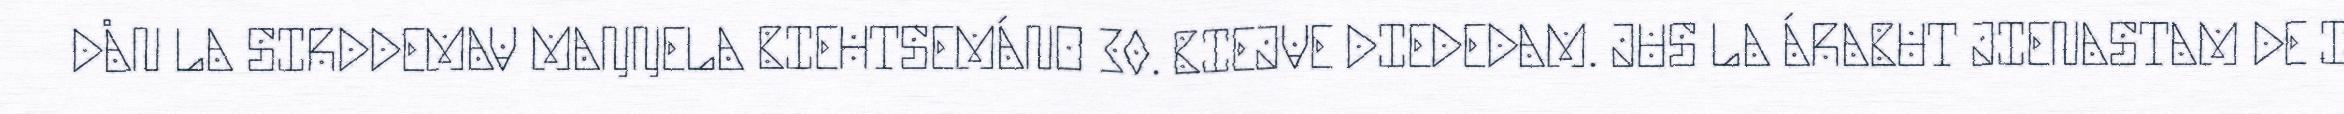
DÅN LA SIRDDEMAV MAŊŊELA BIEHTSEMÁNO 30. BIEJVE DIEDEDAM. JUS LA ÁRABUT JIENASTAM DE I